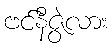
ဗင်နီဇွဲလား